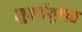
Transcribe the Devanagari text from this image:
सुवर्णयुगात